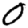
Digit: 0